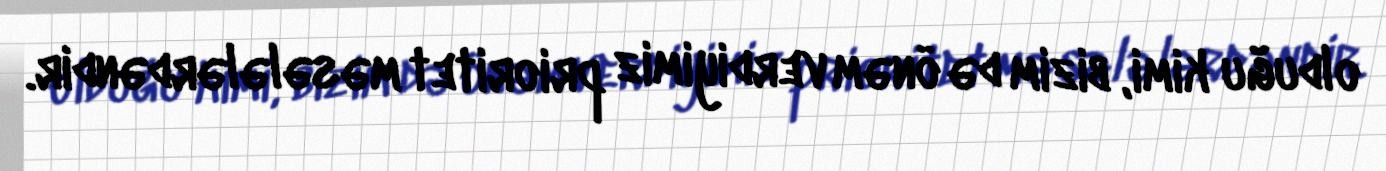
olduğu kimi, bizim də önəm verdiyimiz prioritet məsələlərdəndir.